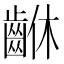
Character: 𪘆